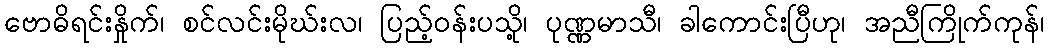
ဗောဓိရင်းနှိုက်၊ စင်လင်းမိုဃ်းလ၊ ပြည့်ဝန်းပသို့၊ ပုဏ္ဏမာသီ၊ ခါကောင်းပြီဟု၊ အညီကြိုက်ကုန်၊